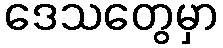
ဒေသတွေမှာ